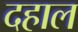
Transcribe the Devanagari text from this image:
दहाल